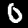
Label: 0